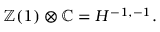
\mathbb { Z } ( 1 ) \otimes \mathbb { C } = H ^ { - 1 , - 1 } .